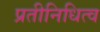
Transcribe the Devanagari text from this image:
प्रतीनिधित्व